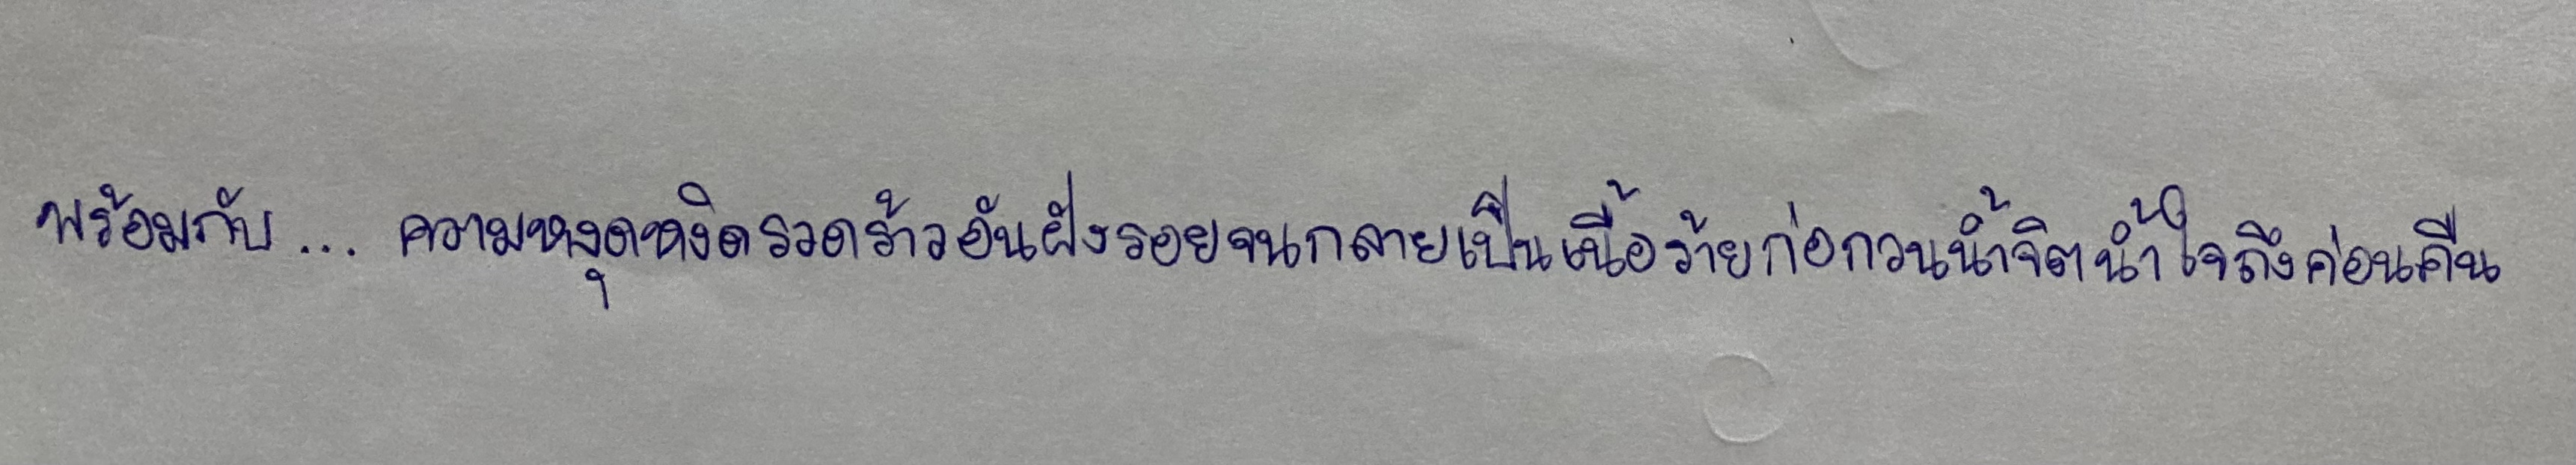
พร้อมกับ...ความหงุดหงิดรวดร้าวอันฝังรอยจนกลายเป็นเนื้อร้ายก่อกวนน้ำจิตน้ำใจถึงค่อนคืน